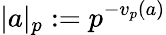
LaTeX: |a|_{p}:=p^{-v_{p}(a)}